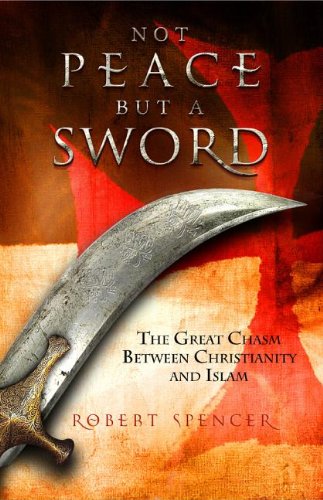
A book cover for Not Peace But a Sword: The Great Chasm Between Christianity and Islam; Robert Spencer; Religion & Spirituality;